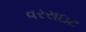
વરરાઇટ